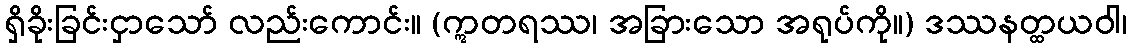
ရှိခိုးခြင်းငှာသော် လည်းကောင်း။ (ဣတရဿ၊ အခြားသော အရုပ်ကို။) ဒဿနတ္ထယဝါ၊